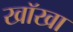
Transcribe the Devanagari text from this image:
खॉखा